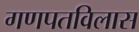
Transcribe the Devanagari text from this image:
गणपतविलास